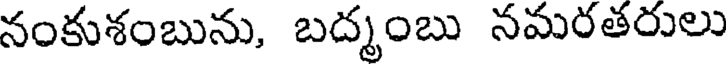
నంకుశంబును, బద్మంబు నమరతరులు